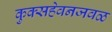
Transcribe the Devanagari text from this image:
कुक्सहेवनजवळ